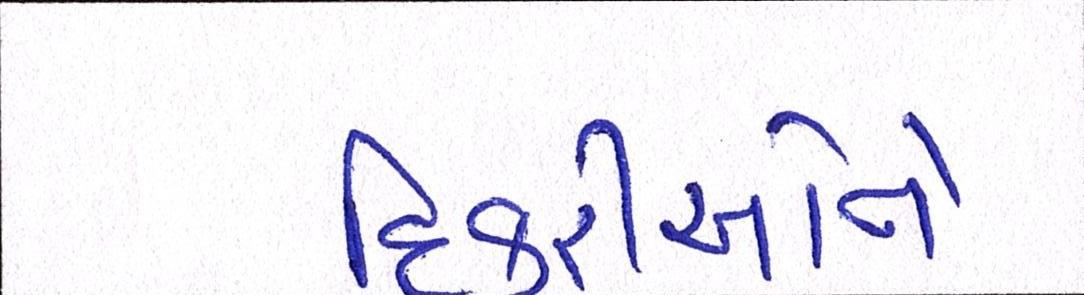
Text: દિકરીઓને